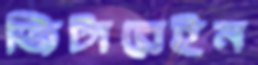
জিটারেইন